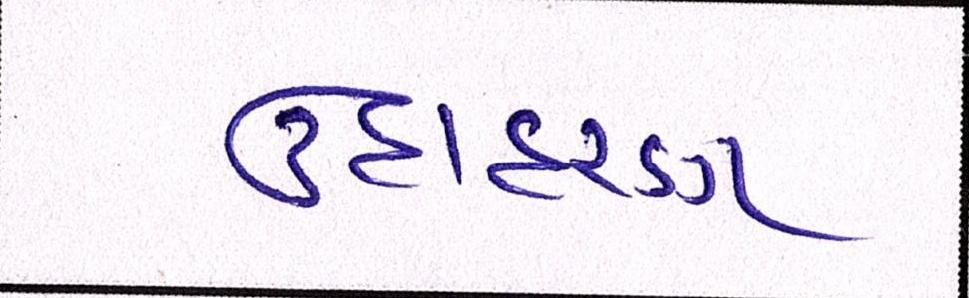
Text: ઉદાહરણ